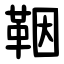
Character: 鞇